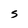
Character: S